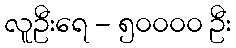
လူဦးရေ - ၅၀၀၀၀ ဦး